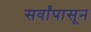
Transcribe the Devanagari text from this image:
सर्वांपासून